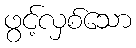
ဖွင့်လှစ်သော